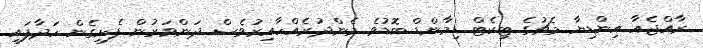
ރާއްޖެއާ އިންޑިޔާ މެޗުގެ ޓިކެޓް ޑިމާންޑް ބޮޑުވެ މެންދުރެއްހާއިރުވެސް ދަންވަރުން ފެށިގެން ހަދާފައި